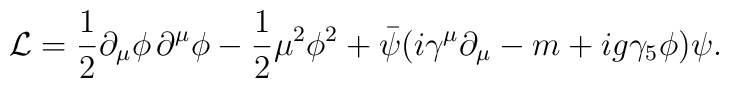
{\cal L}=\frac{1}{2}\partial_{\mu}\phi\,\partial^{\mu}\phi  -\frac{1}{2}\mu^{2}\phi^{2}  +\bar{\psi}  (i\gamma^{\mu}\partial_{\mu}-m+ig\gamma_{5}\phi)  \psi.